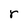
Character: r